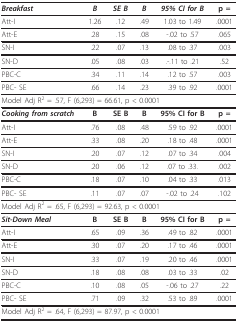
<table><thead><tr><td><b><i>Breakfast</i></b></td><td><b><i>B</i></b></td><td><b><i>SE B</i></b></td><td><b><i>Β</i></b></td><td><b><i>95% CI for B</i></b></td><td><b>p =</b></td></tr></thead><tbody><tr><td>Att-I</td><td>1.26</td><td>.12</td><td>.49</td><td>1.03 to 1.49</td><td>.0001</td></tr><tr><td>Att-E</td><td>.28</td><td>.15</td><td>.08</td><td>-.02 to .57</td><td>.065</td></tr><tr><td>SN-I</td><td>.22</td><td>.07</td><td>.13</td><td>.08 to .37</td><td>.003</td></tr><tr><td>SN-D</td><td>.05</td><td>.08</td><td>.03</td><td>.-.11 to .21</td><td>.52</td></tr><tr><td>PBC-C</td><td>.34</td><td>.11</td><td>.14</td><td>.12 to .57</td><td>.003</td></tr><tr><td>PBC- SE</td><td>.66</td><td>.14</td><td>.23</td><td>.39 to .92</td><td>.0001</td></tr><tr><td colspan="6">Model Adj R<sup>2 </sup>= .57, F (6,293) = 66.61, p &lt; 0.0001</td></tr><tr><td><i><b>Cooking from scratch</b></i></td><td><b>B</b></td><td><b>SE B</b></td><td><b>Β</b></td><td><b>95% CI for B</b></td><td><b>p =</b></td></tr><tr><td>Att-I</td><td>.76</td><td>.08</td><td>.48</td><td>.59 to .92</td><td>.0001</td></tr><tr><td>Att-E</td><td>.33</td><td>.08</td><td>.20</td><td>.18 to .48</td><td>.0001</td></tr><tr><td>SN-I</td><td>.20</td><td>.07</td><td>.12</td><td>.07 to .34</td><td>.004</td></tr><tr><td>SN-D</td><td>.20</td><td>.06</td><td>.12</td><td>.07 to .33.</td><td>.002</td></tr><tr><td>PBC-C</td><td>.18</td><td>.07</td><td>.10</td><td>.04 to .33</td><td>.013</td></tr><tr><td>PBC- SE</td><td>.11</td><td>.07</td><td>.07</td><td>-.02 to .24</td><td>.102</td></tr><tr><td colspan="6">Model Adj R<sup>2 </sup>= .65, F (6,293) = 92.63, p &lt; 0.0001</td></tr><tr><td><i><b>Sit-Down Meal</b></i></td><td><b>B</b></td><td><b>SE B</b></td><td><b>Β</b></td><td><b>95% CI for B</b></td><td><b>p =</b></td></tr><tr><td>Att-I</td><td>.65</td><td>.09</td><td>.36</td><td>.49 to .82</td><td>.0001</td></tr><tr><td>Att-E</td><td>.30</td><td>.07</td><td>.20</td><td>.17 to .46</td><td>.0001</td></tr><tr><td>SN-I</td><td>.33</td><td>.07</td><td>.19</td><td>.20 to .46</td><td>.0001</td></tr><tr><td>SN-D</td><td>.18</td><td>.08</td><td>.08</td><td>.03 to .33</td><td>.02</td></tr><tr><td>PBC-C</td><td>.10</td><td>.08</td><td>.05</td><td>-.06 to .27</td><td>.22</td></tr><tr><td>PBC- SE</td><td>.71</td><td>.09</td><td>.32</td><td>.53 to .89</td><td>.0001</td></tr><tr><td colspan="6">Model Adj R<sup>2 </sup>= .64, F (6,293) = 87.97, p &lt; 0.0001</td></tr></tbody></table>